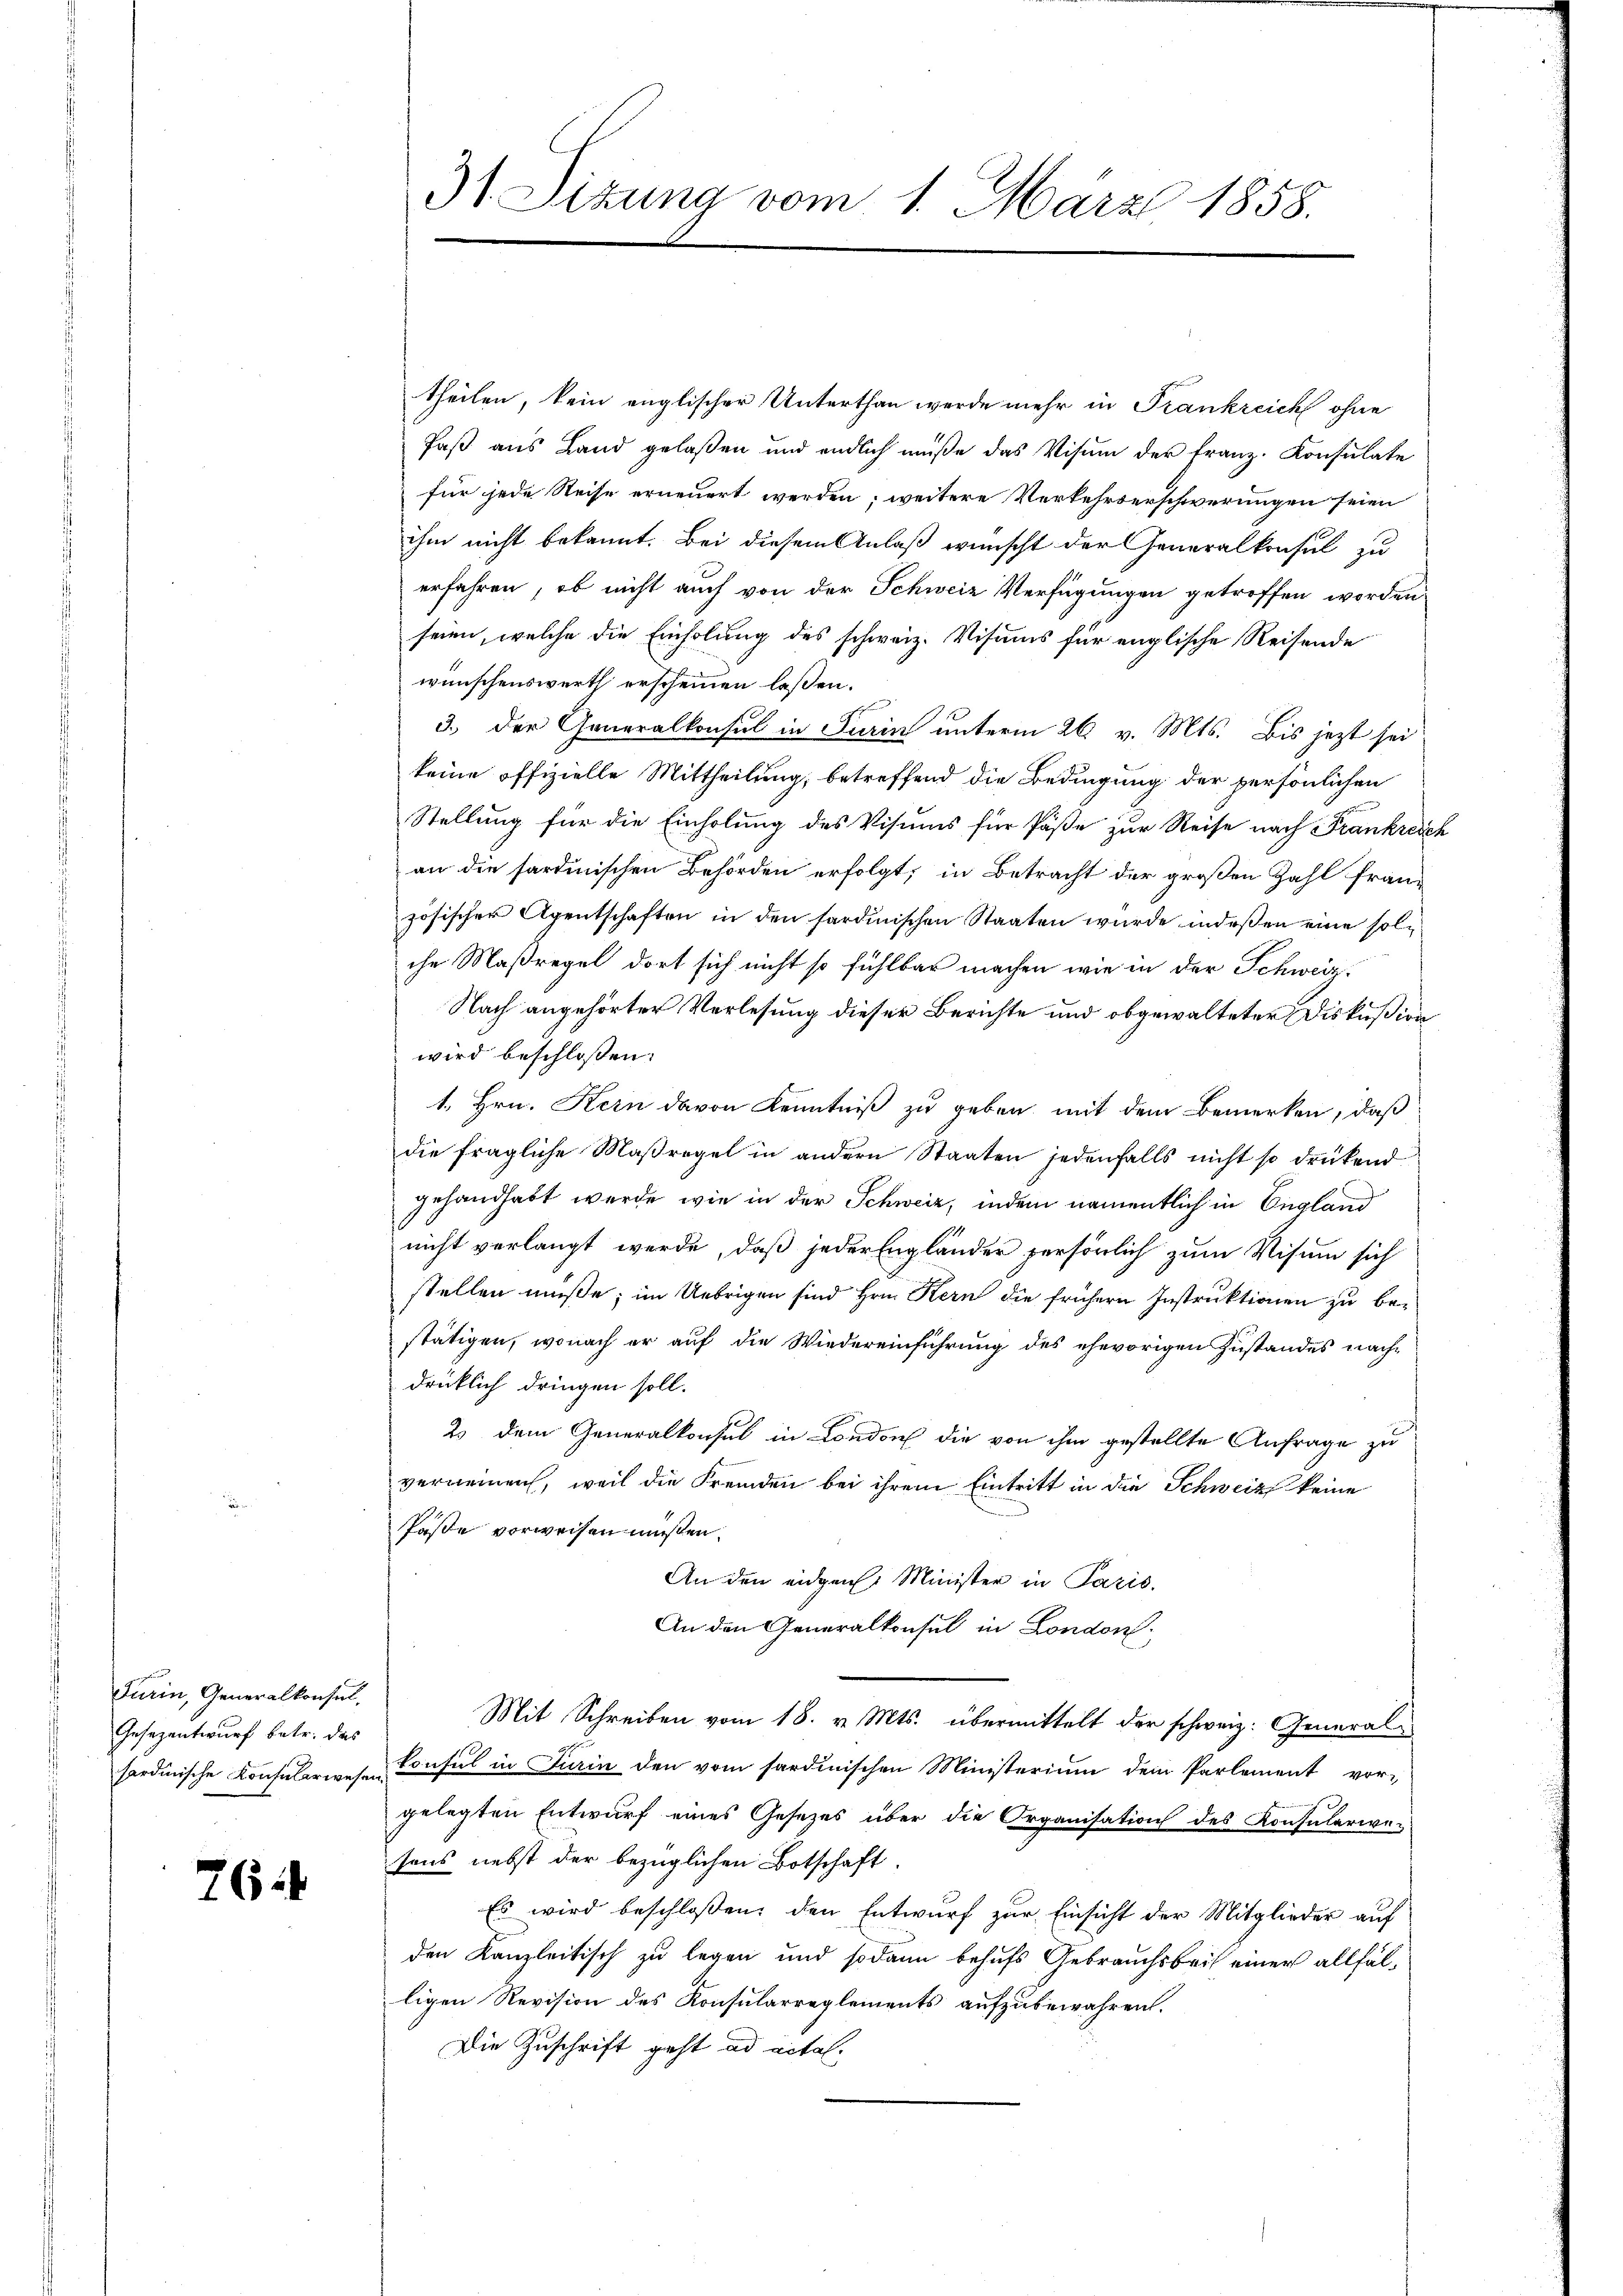
Turin, Generalkonsul,
Gesezentwurf betr. das

76

theilen, kein englischer Unterthan werde mehr in Frankreich ohne
Paß aus Land gelaßen und endlich müße das Visum der Franz. Konsulate
für jede Reise erneuert werden; weitere Verkehrserschwerungen seien
ihm nicht bekannt. Bei diesem Anlaß wünscht der Generalkonsul zu
erfahren, ob nicht auch von der Schweiz Verfügungen getroffen worden
seien, welche die Einholung des schweiz. Visums für englische Reisende
wünschenswerth erscheinen laßen.
3.) Der Generalkonsul in Turin unterm 26. v. Mts. Bis jezt sei
keine offizielle Mittheilung, betreffend die Bedingung der persönlichen
Stellung für die Einholung des Visums für Päße zur Reise nach Frankreich
an die sardinischen Behörden erfolgt; in Betracht der großen Zahl französischer Agentschaften in den sardinischen Staaten wurde indeßen eine solche Maßregel dort sich nicht so fühlbar machen, wie in der Schweiz.
Nach angehörter Verlesung dieser Berichte und obgewalteter Diskußion
wird beschlossen:
1. Hrn. Kern davon Kenntniß zu geben mit dem Bemerken, daß
die fragliche Maßregel in andern Staaten jedenfalls nicht so drückend
gehandhabt werde, wie in der Schweiz, indem namentlich in England
nicht verlangt werde, daß jeder Engländer persönlich zum Visum sich
stellen müße; im Uebrigen sind Hrn. Kern die frühern Instruktionen zu bestätigen, wonach er auf die Wiedereinführung des ehevorigen Zustandes nach-
drücklich dringen soll.
23 dem Generalkonsul in London die von ihm gestellte Anfrage zu
verneinen, weil die Fremden bei ihrem Eintritt in die Schweiz keine
Pässe vorweisen müßen.
An den eidgen. Minister in Paris.
An den Generalkonsul in London
Mit Schreiben vom 18. v. Mts. übermittelt der schweiz. Generalsardinische Konsularwesen Consul in Turin den vom sardinischen Ministerium dem Parlement vor-
gelegten Entwurf eines Gesezes über die Organisation des Konsuleriver
sons nebst der bezüglichen Botschaft.
Es wird beschloßen, den Entwurf zur Einsicht der Mitglieder auf
den Kanzleitisch zu legen und sodann behufs Gebrauchsbeit einer allfälligen Revision des Konsularreglements aufzubewahren.
Die Zuschrift geht ad actal.

31 Sizung vom 1. März 1858.